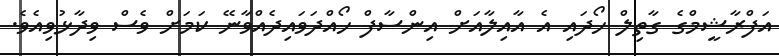
އަފްރާޝީމްގެ ގާތިލް ހޯދައި އެ އާއިލާއަށް އިންސާފް ހޯއްދަވައިދެއްވާނޭ ކަމަށް ވެސް ވިދާޅުވިއެވެ.